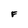
Character: F